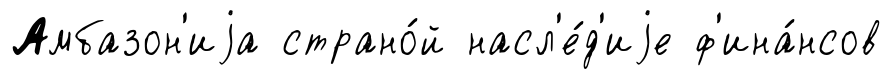
Амбазон'иjа страно́й насл'е́д'иjе ф'ина́нсов